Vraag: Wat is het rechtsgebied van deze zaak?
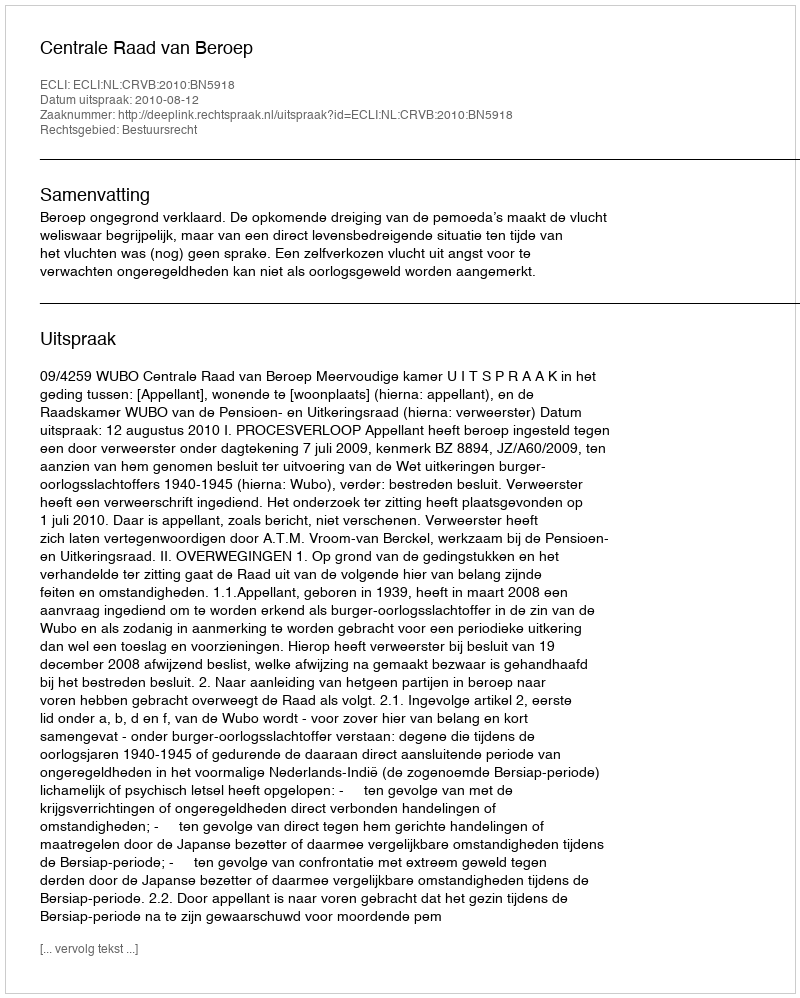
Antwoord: Bestuursrecht